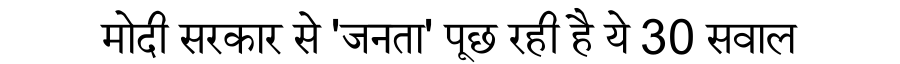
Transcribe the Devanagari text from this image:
मोदी सरकार से 'जनता' पूछ रही है ये 30 सवाल